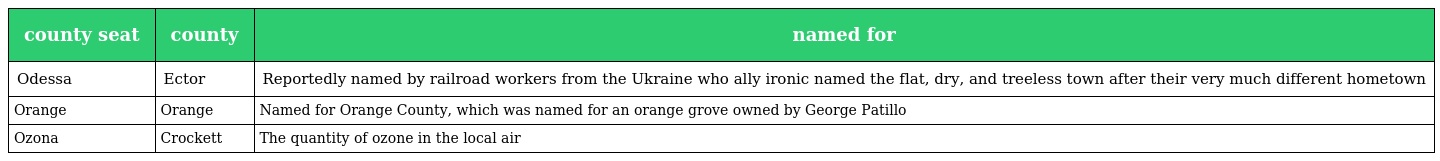
| county seat | county | named for |
 | --- | --- | --- |
 | Odessa | Ector | Reportedly named by railroad workers from the Ukraine who ally ironic named the flat, dry, and treeless town after their very much different hometown |
 | Orange | Orange | Named for Orange County, which was named for an orange grove owned by George Patillo |
 | Ozona | Crockett | The quantity of ozone in the local air |